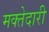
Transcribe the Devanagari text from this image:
मक्‍तेदारी